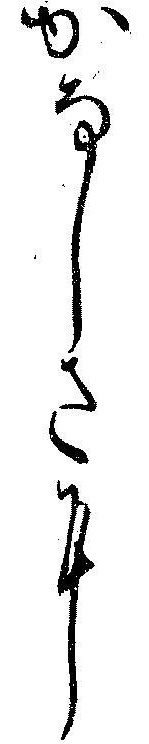
かなしさに